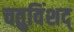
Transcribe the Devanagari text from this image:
चतुविंशद्